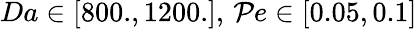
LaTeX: Da\in[800.,1200.],\, \mathcal{P}e\in[0.05,0.1]